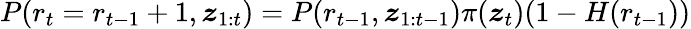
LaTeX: P(r_{t}=r_{t-1}+1,\boldsymbol{z}_{1:t})=P(r_{t-1},\boldsymbol{z}_{1:t-1})\pi(\boldsymbol{z}_{t})(1-H(r_{t-1}))